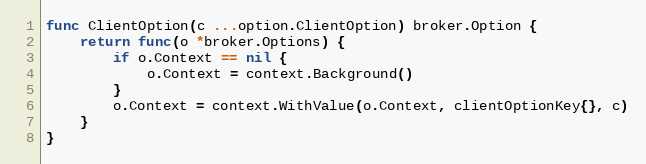
Language: Go
func ClientOption(c ...option.ClientOption) broker.Option {
	return func(o *broker.Options) {
		if o.Context == nil {
			o.Context = context.Background()
		}
		o.Context = context.WithValue(o.Context, clientOptionKey{}, c)
	}
}